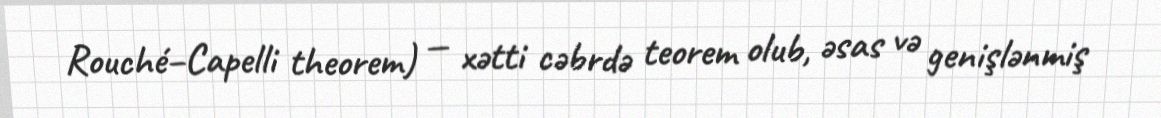
Rouché–Capelli theorem) — xətti cəbrdə teorem olub, əsas və genişlənmiş